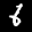
Label: 6